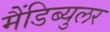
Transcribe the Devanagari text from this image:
मैंडिब्युलर